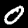
Digit: 0